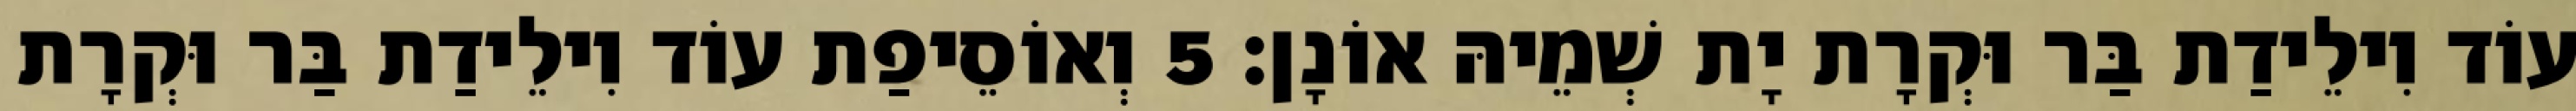
עוֹד וִילֵידַת בַּר וּקְרָת יָת שְׁמֵיהּ אוֹנָן׃ 5 וְאוֹסֵיפַת עוֹד וִילֵידַת בַּר וּקְרָת